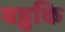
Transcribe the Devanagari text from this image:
बड्ढकि